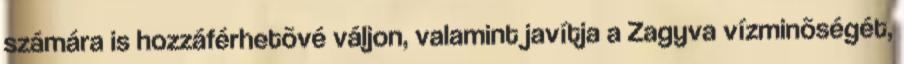
számára is hozzáférhetõvé váljon, valamint javítja a Zagyva vízminõségét,